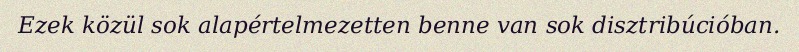
Ezek közül sok alapértelmezetten benne van sok disztribúcióban.